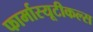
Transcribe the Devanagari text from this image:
फार्मास्यूटीकल्स